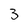
Character: 3